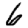
Digit: 6